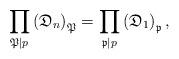
LaTeX: \begin{align*}\prod_{\mathfrak{P}\mid p} \left ( \mathfrak{D}_n \right )_{\mathfrak{P}} = \prod_{\mathfrak{p}\mid p} \left ( \mathfrak{D}_1 \right )_{\mathfrak{p}},\end{align*}